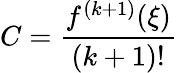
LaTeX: C={\frac{f^{(k+1)}(\xi)}{(k+1)!}}